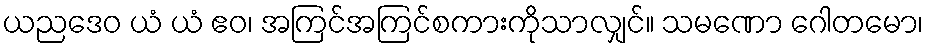
ယညဒေဝ ယံ ယံ ဧဝ၊ အကြင်အကြင်စကားကိုသာလျှင်။ သမဏော ဂေါတမော၊